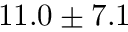
1 1 . 0 \pm 7 . 1